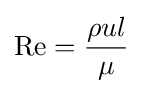
\mathrm {Re} ={\frac {\rho ul}{\mu }}